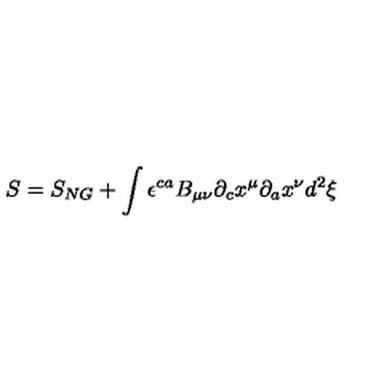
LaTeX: S = S _ { N G } + \int { \epsilon } ^ { c a } B _ { \mu \nu } { \partial } _ { c } x ^ { \mu } { \partial } _ { a } x ^ { \nu } d ^ { 2 } { \xi }